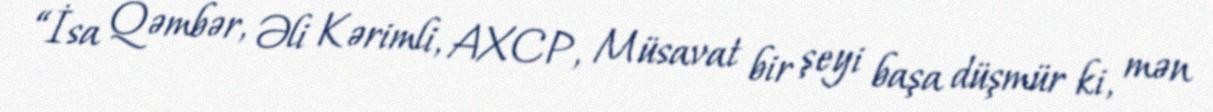
“İsa Qəmbər, Əli Kərimli, AXCP, Müsavat bir şeyi başa düşmür ki, mən